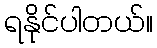
ရနိုင်ပါတယ်။